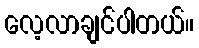
လေ့လာချင်ပါတယ်။